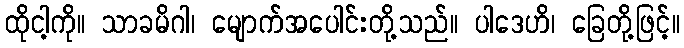
ထိုငါ့ကို။ သာခမိဂါ၊ မျောက်အပေါင်းတို့သည်။ ပါဒေဟိ၊ ခြေတို့ဖြင့်။